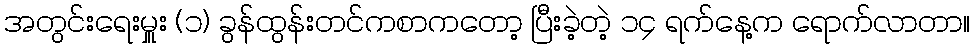
အတွင်းရေးမှူး (၁) ခွန်ထွန်းတင်ကစာကတော့ ပြီးခဲ့တဲ့ ၁၄ ရက်နေ့က ရောက်လာတာ။